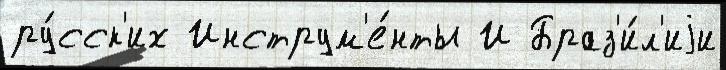
ру́сск'их Инструм'е́нты И Браз'и́л'иjи